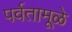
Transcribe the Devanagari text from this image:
पर्वतामूळे